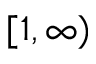
[ 1 , \infty )